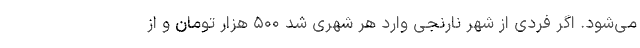
می‌شود. اگر فردی از شهر نارنجی وارد هر شهری شد ۵۰۰ هزار تومان و از